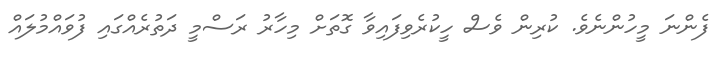
ފެންނަ މީހުންނެވެ. ކުރިން ވެސް ހީކުރެވިފައިވާ ގޮތަށް މިހާރު ރަސްމީ ދަތުރެއްގައި ފުވައްމުލައް